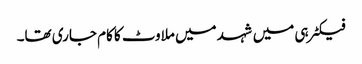
فیکٹرہی میں شہد میں ملاوٹ کا کام جاری تھا۔